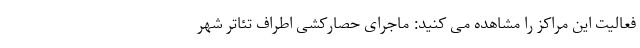
فعالیت این مراکز را مشاهده می کنید: ماجرای حصارکشی اطراف تئاتر شهر